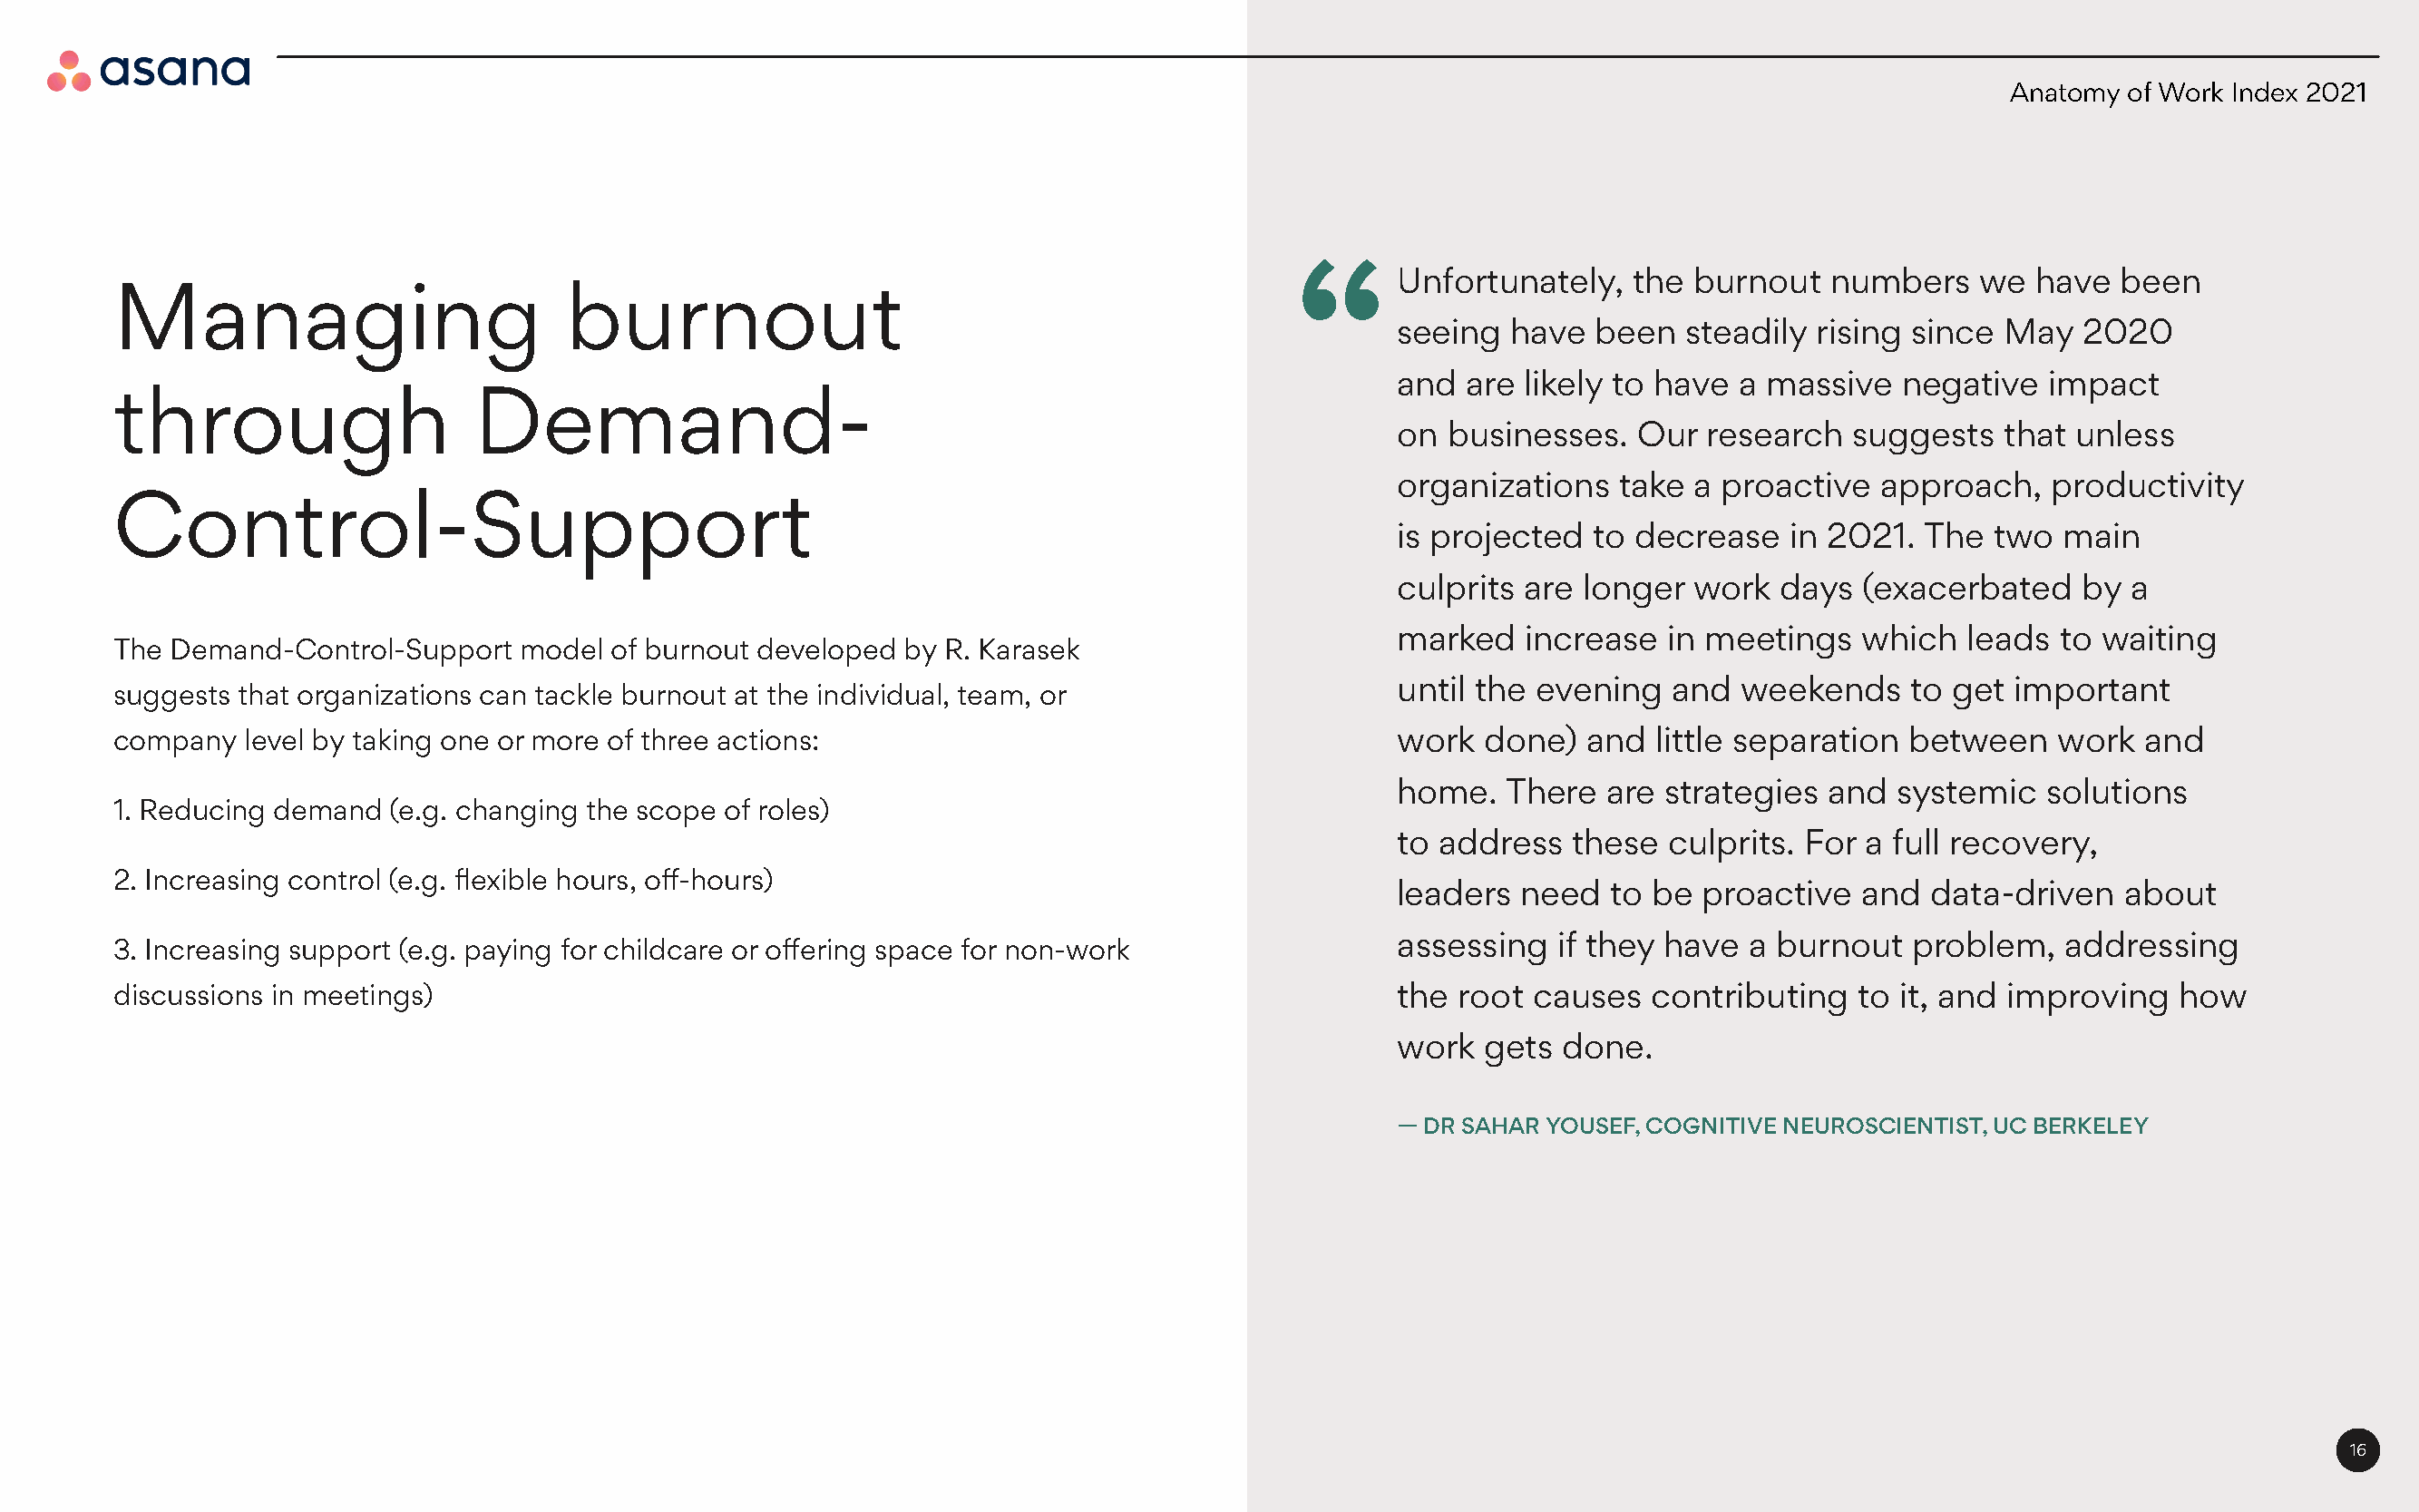
Anatomy of Work Index 2021
 Unfortunately,   the  burnout   numbers    we  have  been
 Managing                         burnout
 seeing  have  been   steadily  rising since May   2020
 and  are likely to have  a massive   negative   impact
 through                    Demand-
 on  businesses.   Our  research  suggests   that unless
 organizations   take  a proactive  approach,    productivity
 Control-Support
 is projected  to decrease    in 2021. The  two   main
 culprits are  longer  work  days  (exacerbated    by a
 marked   increase   in meetings   which   leads to waiting
 The Demand-Control-Support    model  of burnout developed by R. Karasek
 until the evening   and  weekends    to get  important
 suggests that organizations can tackle burnout at the individual, team, or
 company   level by taking one or more of three actions:                                       work  done)   and  little separation between    work   and
 home.   There  are  strategies and  systemic   solutions
 1. Reducing demand  (e.g. changing the scope of roles)
 to address   these  culprits. For a full recovery,
 2. Increasing control (e.g. flexible hours, off-hours)
 leaders  need   to be proactive   and  data-driven   about
 assessing   if they have  a burnout   problem,   addressing
 3. Increasing support (e.g. paying for childcare or offering space for non-work
 discussions in meetings)                                                                      the root  causes   contributing   to it, and improving   how
 work  gets  done.
 — DR SAHAR YOUSEF, COGNITIVE NEUROSCIENTIST, UC BERKELEY
 16